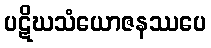
ပဋိဃသံယောဇနဿပေ